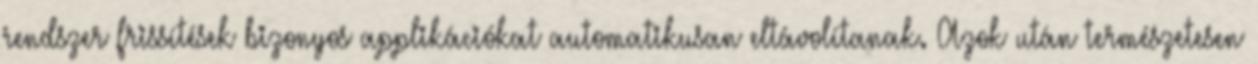
rendszer frissítések bizonyos applikációkat automatikusan eltávolítanak. Azok után természetesen